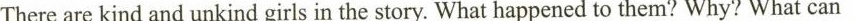
There are kind and unkind girls in the story. What happened to them? Why? What can